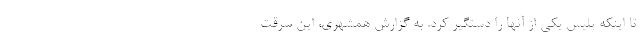
تا اینکه پلیس یکی از آنها را دستگیر کرد. به گزارش همشهری، این سرقت